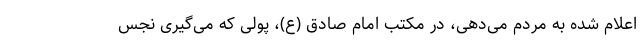
اعلام شده به مردم می‌دهی، در مکتب امام صادق (ع)، پولی که می‌گیری نجس